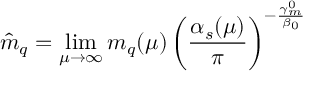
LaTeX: \hat { m } _ { q } = \operatorname * { l i m } _ { \mu \to \infty } m _ { q } ( \mu ) \left( \frac { \alpha _ { s } ( \mu ) } { \pi } \right) ^ { - \frac { \gamma _ { m } ^ { 0 } } { \beta _ { 0 } } } { }